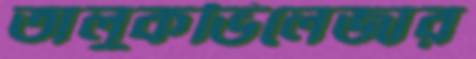
তালুকভিলেজার